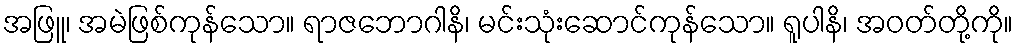
အဖြူ၊ အမဲဖြစ်ကုန်သော။ ရာဇဘောဂါနိ၊ မင်းသုံးဆောင်ကုန်သော။ ရူပါနိ၊ အဝတ်တို့ကို။